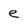
Character: e